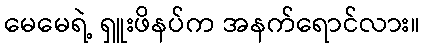
မေမေရဲ့ ရှူးဖိနပ်က အနက်ရောင်လား။